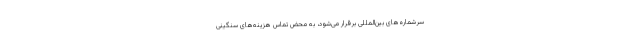
سرشماره‌های بین‌المللی برقرار می‌شود، به محض تماس هزینه‌های سنگینی